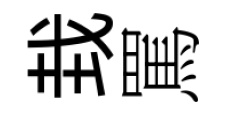
㘽罵